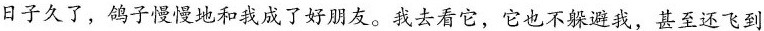
日子久了，鸽子慢慢地和我成了好朋友。我去看它，它也不躲避我，甚至还飞到